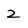
Character: 2